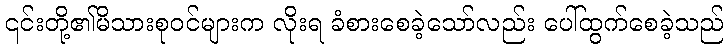
၎င်းတို့၏မိသားစုဝင်များက လိုးရ ခံစားစေခဲ့သော်လည်း ပေါ်ထွက်စေခဲ့သည်